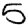
Digit: 5